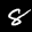
Label: 8